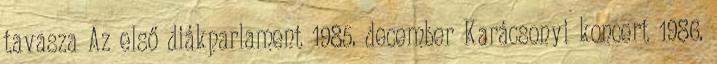
tavasza Az első diákparlament 1985. december Karácsonyi koncert 1986.